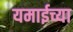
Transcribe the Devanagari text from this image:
यमाईच्या